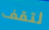
لتقف